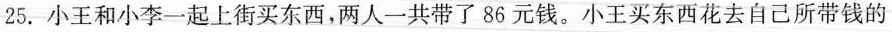
25.小王和小李一起上街买东西，两人一共带了86元钱。小王买东西花去自己所带钱的